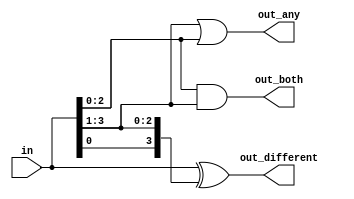
module top_module( 
    input [3:0] in,
    output [2:0] out_both,
    output [3:1] out_any,
    output [3:0] out_different );
    
    assign out_any = in[3:1] | in[2:0];
    assign out_both = in[2:0] & in[3:1];
    assign out_different = in ^ {in[0], in[3:1]};
    
    /*
    generate
        genvar i, j;
        for (i = 0; i < 3; i+=1) begin: gatesv1
            assign out_both[i] = in[i] & in[i+1];
            assign out_any[i+1] = in[i] | in[i+1];
        end
        for (i = 0; i <= 3; i+=1) begin: gatesv2
            assign out_different[i] = in[i] ^ in[i+1 & 3];
        end
    endgenerate
    */

endmodule